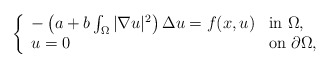
\begin{align*}\left \{ \begin{array}{ll}-\left(a+b\int_{\Omega}|\nabla u|^{2}\right)\Delta u= f(x, u) & \mbox{in $\Omega$,}\\u=0 & \mbox{on $\partial\Omega$,}\end{array}\right.\end{align*}